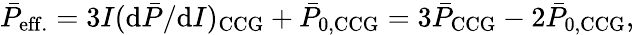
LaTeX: \bar{P}_{\mathrm{eff.}}=3I(\mathrm{d}\bar{P}/\mathrm{d}I)_{\mathrm{CCG}}+\bar{P}_{\mathrm{0,CCG}}=3\bar{P}_{\mathrm{CCG}}-2\bar{P}_{\mathrm{0,CCG}},